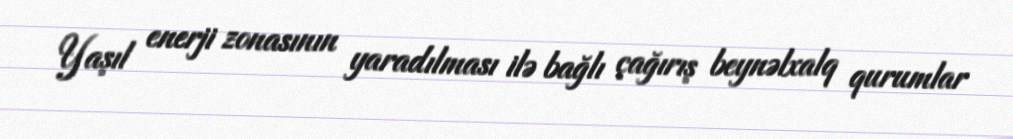
Yaşıl enerji zonasının yaradılması ilə bağlı çağırış beynəlxalq qurumlar